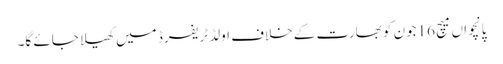
پانچواں میچ 16جون کو بھارت کے خلاف اولڈ ٹریفرڈ میں کھیلا جائے گا۔